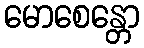
မောစေန္တော